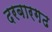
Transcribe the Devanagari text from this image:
दरबारगढ